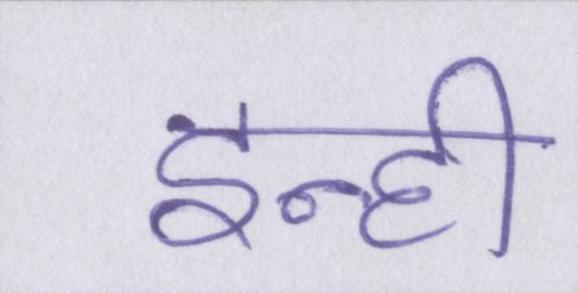
इन्ही